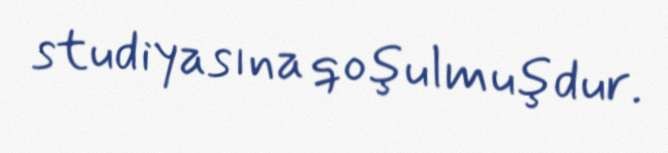
studiyasına qoşulmuşdur.